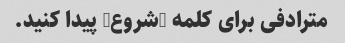
مترادفی برای کلمه "شروع" پیدا کنید.